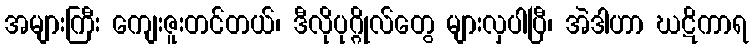
အများကြီး ကျေးဇူးတင်တယ်၊ ဒီလိုပုဂ္ဂိုလ်တွေ များလှပါပြီ၊ အဲဒါဟာ ဃဋိကာရ